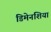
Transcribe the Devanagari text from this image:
डिमेनशिया